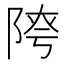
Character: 𨺈